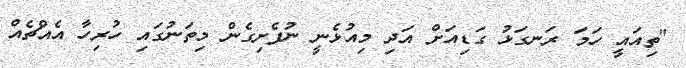
"ތިއައީ ހަމަ ރަނގަޅު ގަޑިއަށް އަދި މިއުޅެނީ ނުފެށިގެން މިތަނުގައި ހުރިހާ އެއްޗެއް